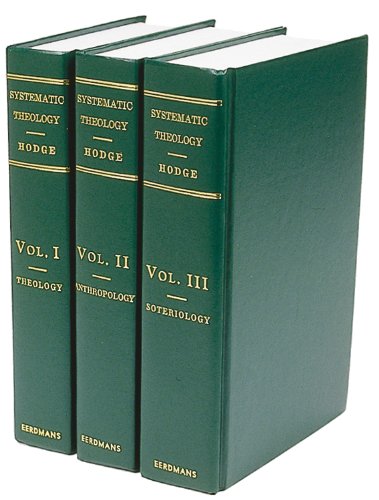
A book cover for Systematic Theology - (3-Volume Set); Charles Hodge; Christian Books & Bibles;